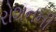
રોશનની